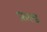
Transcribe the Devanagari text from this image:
फ़ल्ड